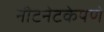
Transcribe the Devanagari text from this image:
नीटनेटकेपणे